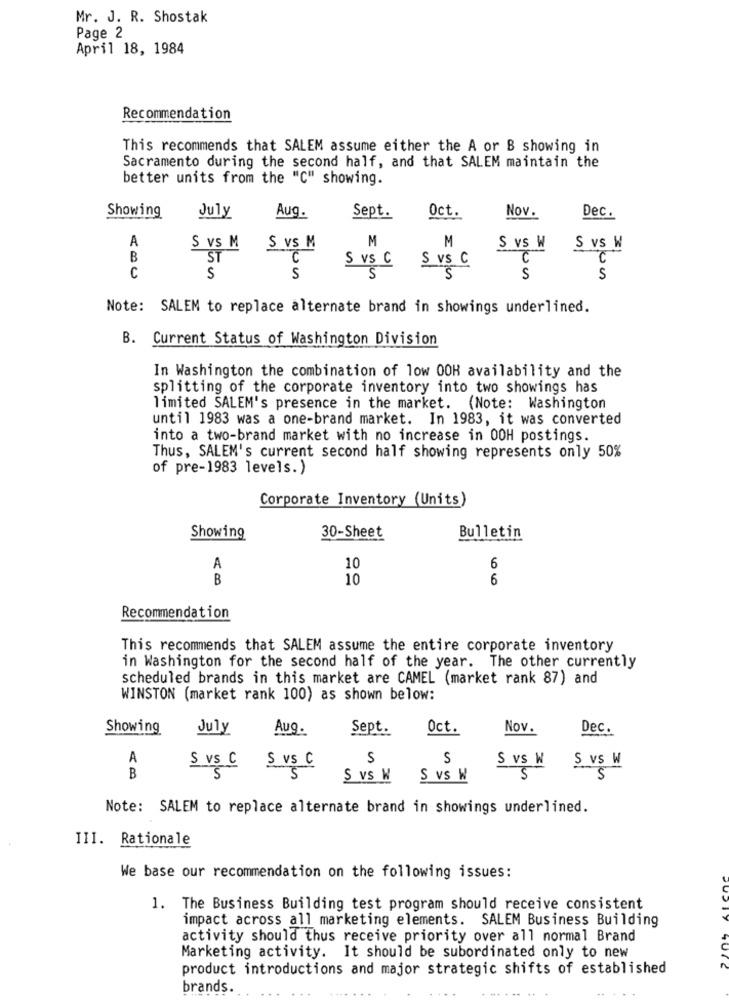
Mr. J. R. Shostak
Page 2
April 18, 1984
Recommendation
This recommends that SALEM assume either the A or B showing in
Sacramento during the second half, and that SALEM maintain the
better units from the "C" showing.
Nov.
Showing
July
Aug.
Sept.
Oct.
Dec.
A
S vs M
M
M
S VS M
S VS W
S vs W
B
ST
C
5 vs C
S Vs C
C
C
C
5
S
S
S
S
Note: SALEM to replace alternate brand in showings underlined.
B. Current Status of Washington Division
In Washington the combination of low OOH availability and the
splitting of the corporate inventory into two showings has
limited SALEM's presence in the market. (Note: Washington
until 1983 was a one-brand market. In 1983, it was converted
into a two-brand market with no increase in 00H postings.
Thus, SALEM's current second half showing represents only 50%
of pre-1983 levels.)
Corporate Inventory (Units)
Showing
30-Sheet
Bulletin
A
10
6
B
10
6
Recommendation
This recommends that SALEM assume the entire corporate inventory
in Washington for the second half of the year. The other currently
scheduled brands in this market are CAMEL (market rank 87) and
WINSTON (market rank 100) as shown below:
Showing
July
Aug.
Sept.
Oct.
Nov.
Dec.
A
5
S
S vs W
S vs W
B
S VS C S VS
S VS W
S vs W
S
S
Note: SALEM to replace alternate brand in showings underlined.
III. Rationale
We base our recommendation on the following issues:
1. The Business Building test program should receive consistent
impact across all marketing elements. SALEM Business Building
activity should thus receive priority over all normal Brand
Marketing activity. It should be subordinated only to new
product introductions and major strategic shifts of established
brands.